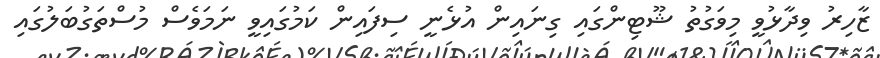
ޒާހިރު ވިދާޅުވީ މިވަގުތު ޝޫޓިންގައި ގިނައިން އުޅެނީ ސިފައިން ކަމުގައިވީ ނަމަވެސް މުސްތަގުބަލުގައި